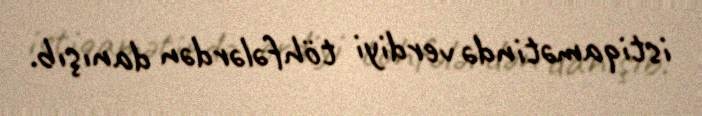
istiqamətində verdiyi töhfələrdən danışıb.